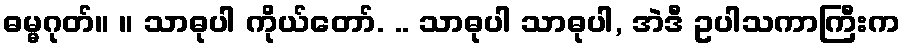
ဓမ္မဂုတ်။ ။ သာဓုပါ ကိုယ်တော်. .. သာဓုပါ သာဓုပါ, အဲဒီ ဥပါသကာကြီးက